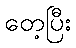
တေ့ပြီး